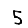
Digit: 5